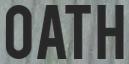
OATH